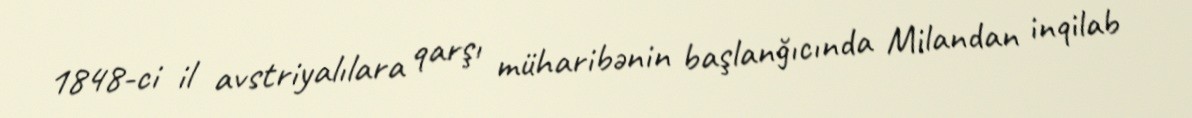
1848-ci il avstriyalılara qarşı müharibənin başlanğıcında Milandan inqilab